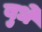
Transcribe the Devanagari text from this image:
बुधे